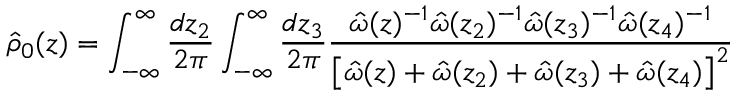
\hat { \rho } _ { 0 } ( z ) = \int _ { - \infty } ^ { \infty } \frac { d z _ { 2 } } { 2 \pi } \int _ { - \infty } ^ { \infty } \frac { d z _ { 3 } } { 2 \pi } \frac { \hat { \omega } ( z ) ^ { - 1 } \hat { \omega } ( z _ { 2 } ) ^ { - 1 } \hat { \omega } ( z _ { 3 } ) ^ { - 1 } \hat { \omega } ( z _ { 4 } ) ^ { - 1 } } { \left[ \hat { \omega } ( z ) + \hat { \omega } ( z _ { 2 } ) + \hat { \omega } ( z _ { 3 } ) + \hat { \omega } ( z _ { 4 } ) \right] ^ { 2 } }